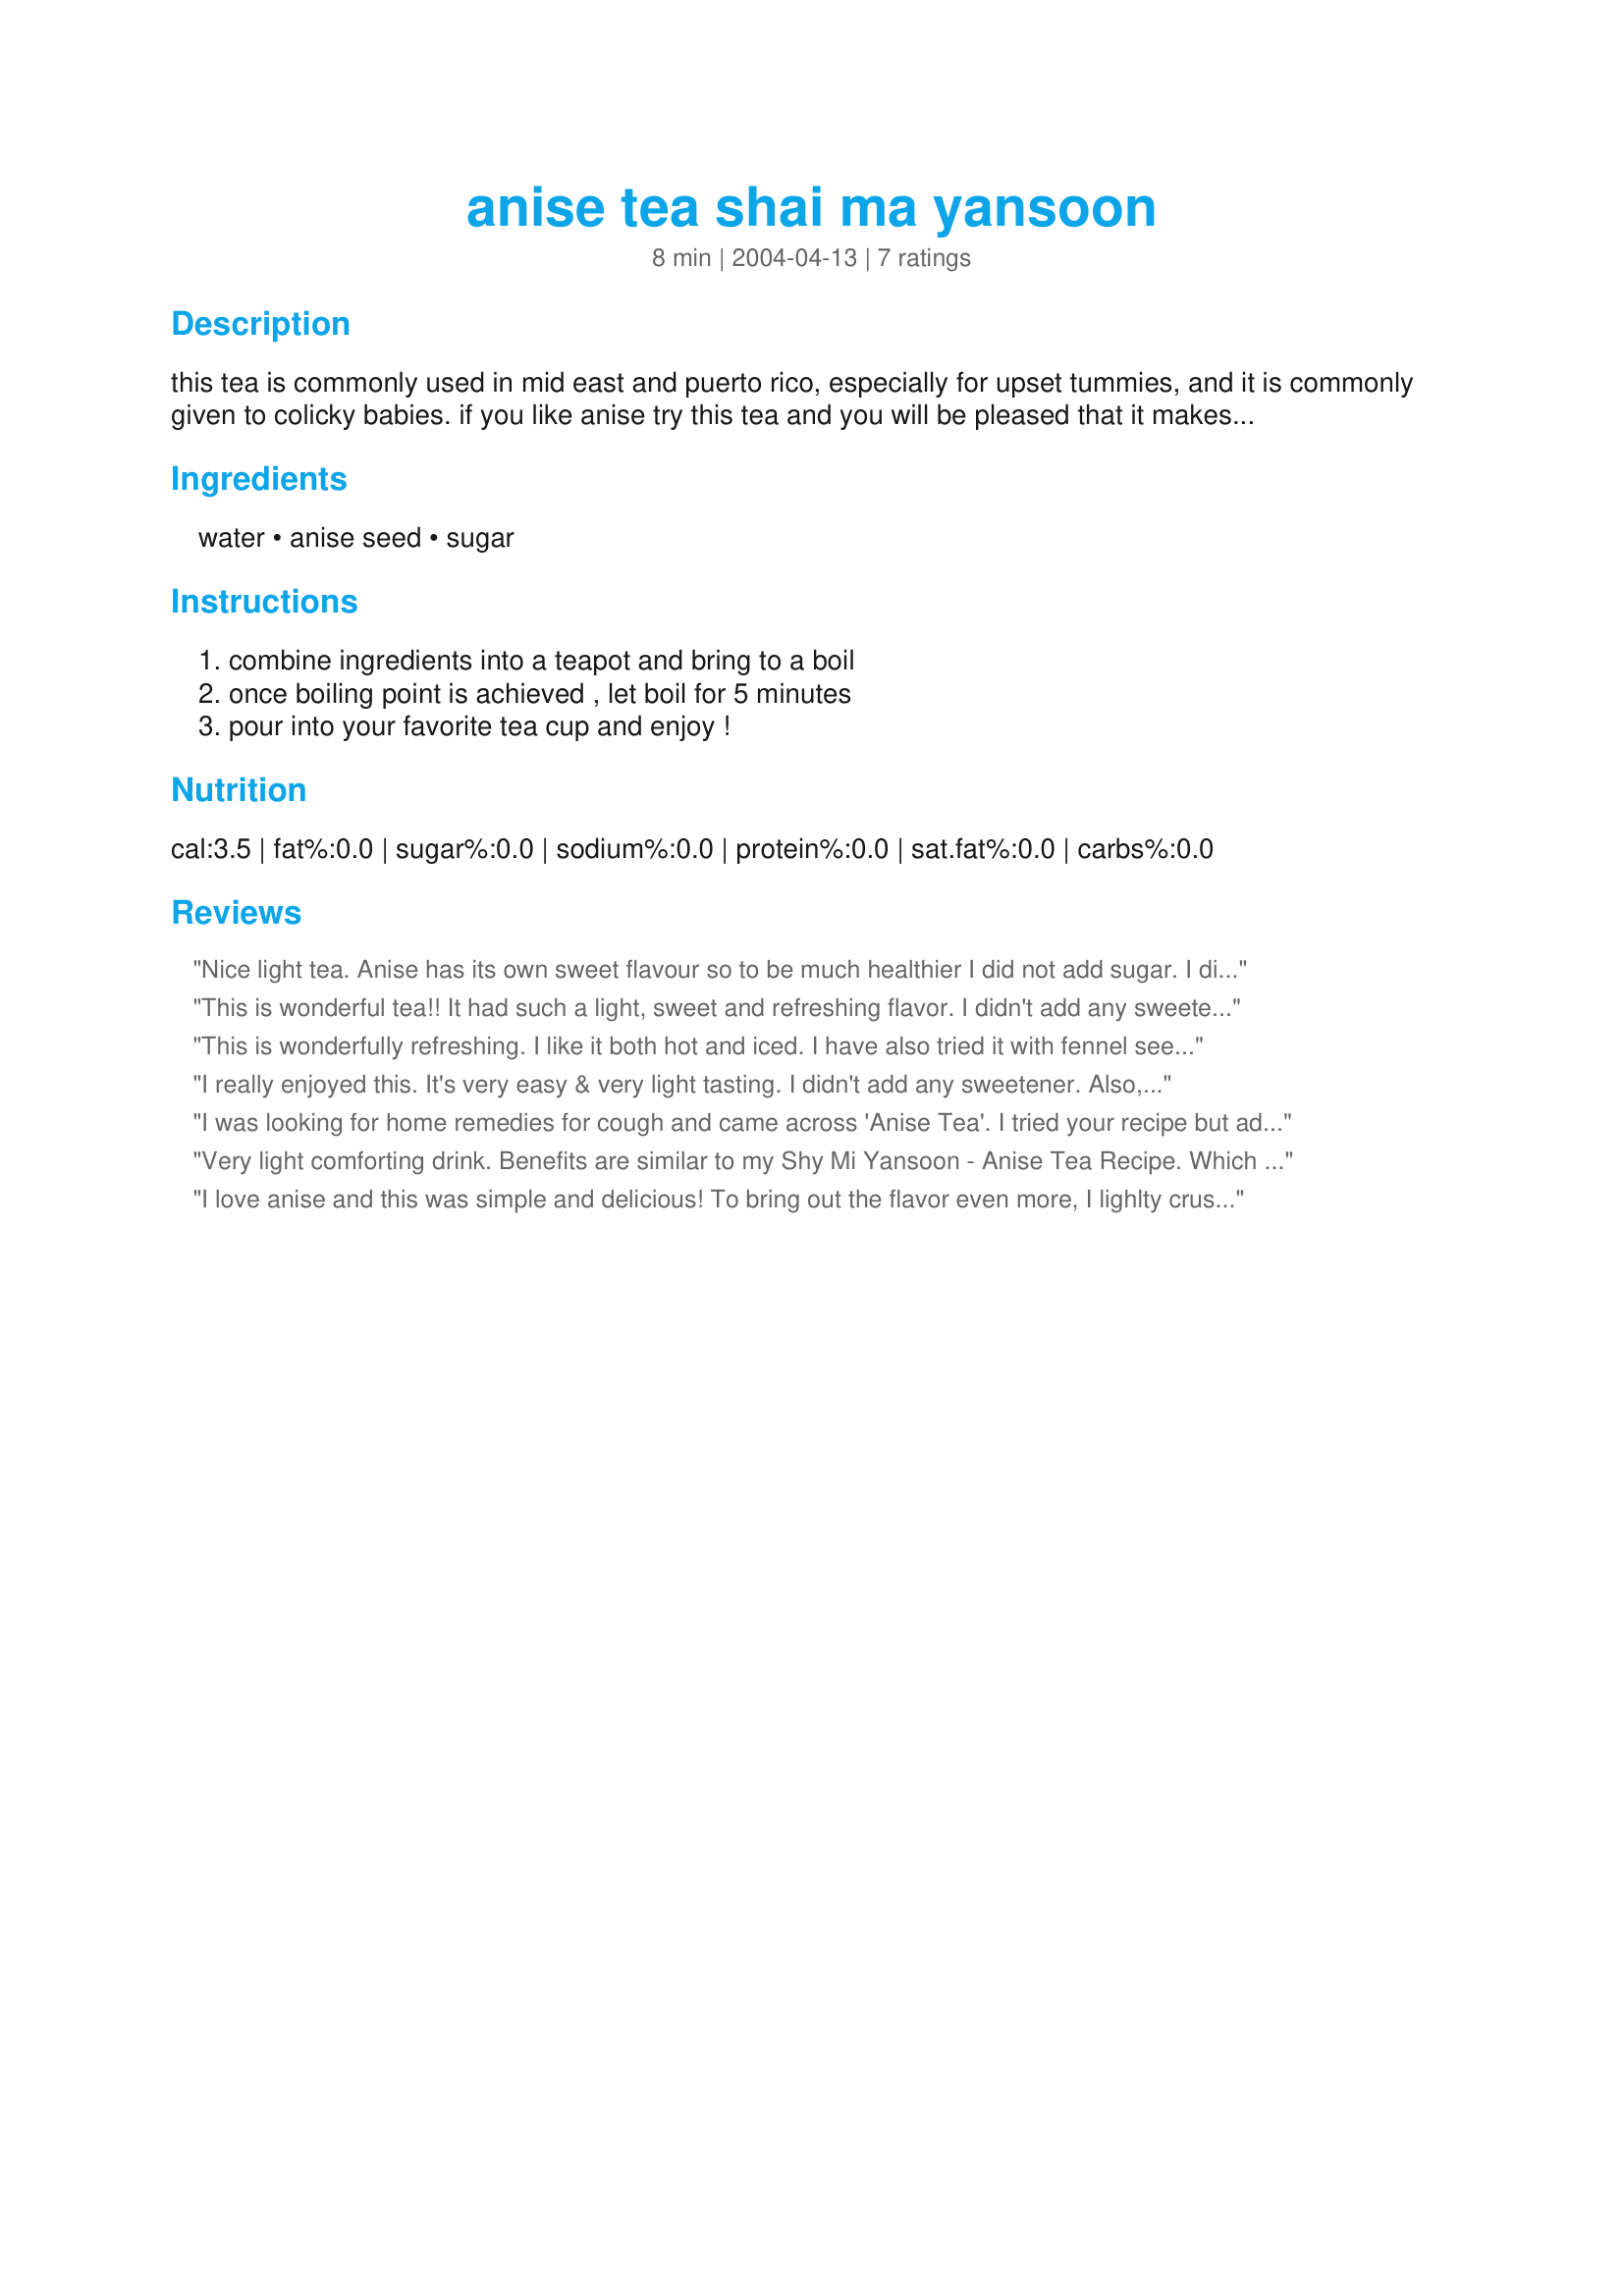
anise tea shai ma yansoon
Preparation time: 8 minutes

this tea is commonly used in mid east and puerto rico, especially for upset tummies, and it is commonly given to colicky babies. if you like anise try this tea and you will be pleased that it makes a nice light tea.

Ingredients:
water, anise seed, sugar

Steps:
combine ingredients into a teapot and bring to a boil, once boiling point is achieved , let boil for 5 minutes, pour into your favorite tea cup and enjoy !

Reviews:
Nice light tea. Anise has its own sweet flavour so to be much healthier I did not add sugar. I did try my DD's with her amount of sugar but I go without. I would like to try this for DD2 for colic.
This is wonderful tea!! It had such a light, sweet and refreshing flavor. I didn't add any sweetener as I found the anise seeds add their own sweetness. I'll be making this often...I first saw you recommend it to Jamilah's kitchen on the Ramadan Tag forum and had to try it. Thanks for sharing chef FIFI. :)
This is wonderfully refreshing. I like it both hot and iced. I have also tried it with fennel seed since they have a similar licorice flavor. Thanks for posting!
I really enjoyed this. It's very easy & very light tasting. I didn't add any sweetener. Also, I did crush the anise seeds just a little before adding them to the water. Thanks.
I was looking for home remedies for cough and came across 'Anise Tea'. I tried your recipe but added a dash of honey to it. I must say I am going to have this tea even when i'm not having cough!
Very light comforting drink. Benefits are similar to my <a href="/147058">Shy Mi Yansoon - Anise Tea Recipe</a>. Which has the addition of Rooibos. This is very easy and relaxing. Will make again. Thanks!
I love anise and this was simple and delicious! To bring out the flavor even more, I lighlty crushed the seeds in a pestle and mortar. ...floated a mint leaf on top. Thanks for sharing. cg ;)
